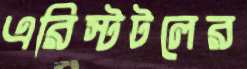
এরিস্টটলের